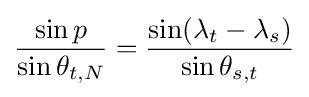
{\frac {\sin p}{\sin \theta _{t,N}}}={\frac {\sin(\lambda _{t}-\lambda _{s})}{\sin \theta _{s,t}}}